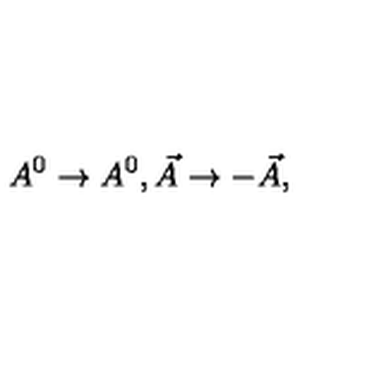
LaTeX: A ^ { 0 } \rightarrow A ^ { 0 } , \vec { A } \rightarrow - \vec { A } ,